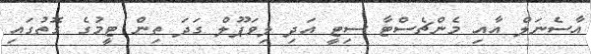
އާސެނަލް އާއި މެންޗެސްޓާ ސިޓީ އަދި ލިވަޕޫލް ގަދަ ތިން ޓީމުގެ ގޮތުގައި